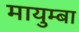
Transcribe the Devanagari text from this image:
मायुम्बा